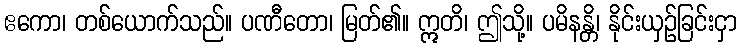
ဧကော၊ တစ်ယောက်သည်။ ပဏီတော၊ မြတ်၏။ ဣတိ၊ ဤသို့။ ပမိနန္တိ၊ နိုင်းယှဉ်ခြင်းငှာ